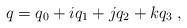
LaTeX: \begin{align*} q=q_0 + iq_1 + jq_2 + kq_3\;,\end{align*}